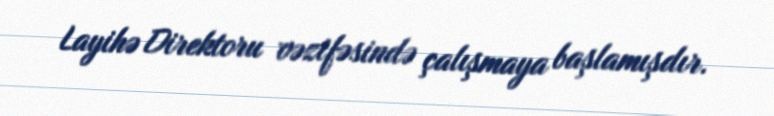
Layihə Direktoru vəzifəsində çalışmaya başlamışdır.